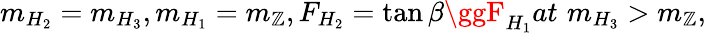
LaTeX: m_{H_{2}}=m_{H_{3}},m_{H_{1}}=m_{\mathbb{Z}},F_{H_{2}}=\tan\beta\ggF_{H_{1}}at\, \, m_{H_{3}}>m_{\mathbb{Z}},